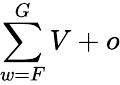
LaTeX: \sum\limits_{w=F}^{G}V+o